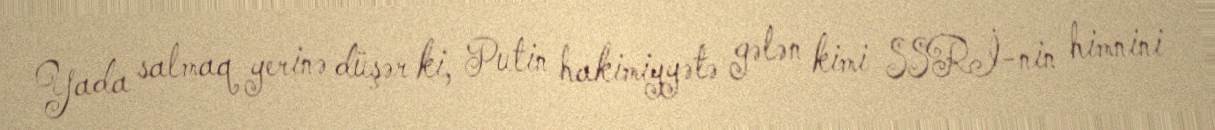
Yada salmaq yerinə düşər ki, Putin hakimiyyətə gələn kimi SSRİ-nin himnini